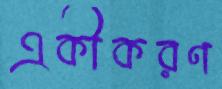
একীকরণ